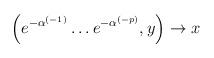
\begin{align*}\left( e^{-\alpha^{(-1)}} \ldots e^{-\alpha^{(-p)}}, y \right)\rightarrow x\end{align*}